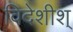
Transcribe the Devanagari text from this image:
विदेशीश्